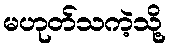
မဟုတ်သကဲ့သို့